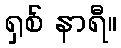
ရှစ် နာရီ။